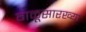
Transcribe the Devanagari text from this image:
गळूसारख्या